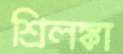
শ্রিলঙ্কা